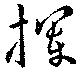
揮